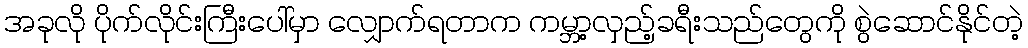
အခုလို ပိုက်လိုင်းကြီးပေါ်မှာ လျှောက်ရတာက ကမ္ဘာ့လှည့်ခရီးသည်တွေကို စွဲဆောင်နိုင်တဲ့